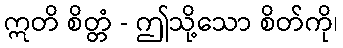
ဣတိ စိတ္တံ - ဤသို့သော စိတ်ကို၊